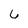
Character: 6